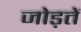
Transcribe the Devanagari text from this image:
जोड़तें